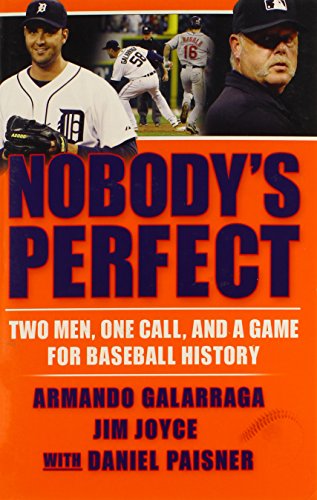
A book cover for Nobody's Perfect: Two Men, One Call, and a Game for Baseball History; Armando Galarraga; Sports & Outdoors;